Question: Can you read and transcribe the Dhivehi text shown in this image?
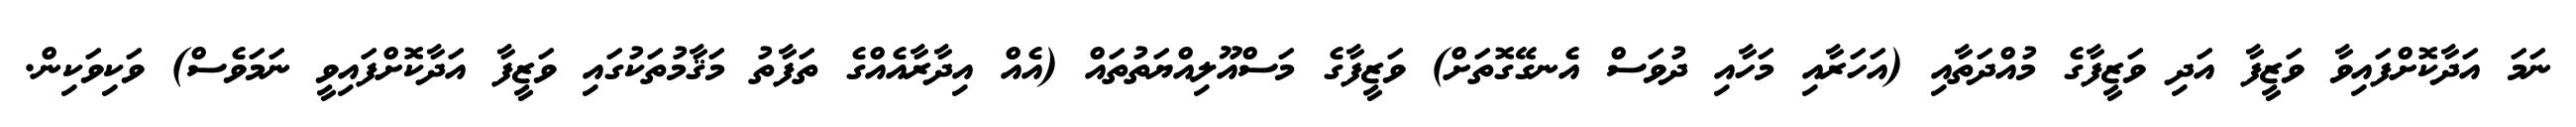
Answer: ނަމަ އަދާކޮށްފައިވާ ވަޒީފާ އަދި ވަޒީފާގެ މުއްދަތާއި (އަހަރާއި މަހާއި ދުވަސް އެނގޭގޮތަށް) ވަޒީފާގެ މަސްއޫލިއްޔަތުތައް (އެއް އިދާރާއެއްގެ ތަފާތު މަޤާމުތަކުގައި ވަޒީފާ އަދާކޮށްފައިވީ ނަމަވެސް) ވަކިވަކިން.